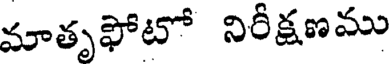
మాతృఫోటో నిరీక్షణము